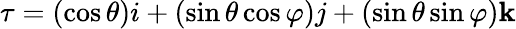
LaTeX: \tau=(\cos\theta)i+(\sin\theta\cos\varphi)j+(\sin\theta\sin\varphi)\mathbf{k}